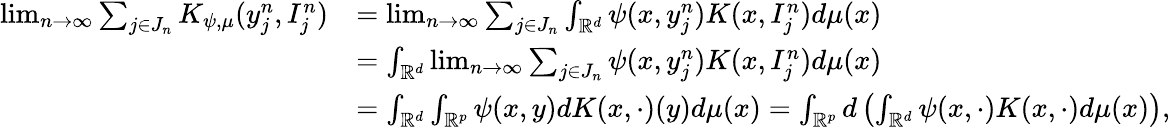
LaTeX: \begin{array}{rl}{\operatorname*{lim}_{n\to\infty}\sum_{j\in J_{n}}K_{\psi,\mu}(y_{j}^{n},I_{j}^{n})}&{=\operatorname*{lim}_{n\to\infty}\sum_{j\in J_{n}}\int_{\mathbb{R}^{d}}\psi(x,y_{j}^{n})K(x,I_{j}^{n})d\mu(x)}\\ &{=\int_{\mathbb{R}^{d}}\operatorname*{lim}_{n\to\infty}\sum_{j\in J_{n}}\psi(x,y_{j}^{n})K(x,I_{j}^{n})d\mu(x)}\\ &{=\int_{\mathbb{R}^{d}}\int_{\mathbb{R}^{p}}\psi(x,y)dK(x,\cdot)(y)d\mu(x)=\int_{\mathbb{R}^{p}}d\left(\int_{\mathbb{R}^{d}}\psi(x,\cdot)K(x,\cdot)d\mu(x)\right),}\end{array}